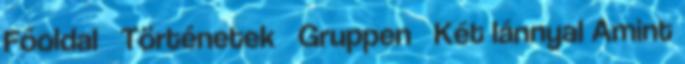
Főoldal Történetek Gruppen Két lánnyal Amint